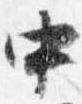
中